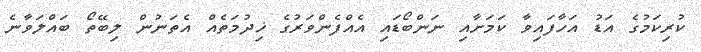
ކުރިކަމުގެ އަޑު އަހާފައިވާ ކަމަށާއި ނަންބޯޑައި އެއްފެންވަރުގެ ޚިދުމަތެއް އެތަނުން ލިބޭތޯ ބައްލަވާނެ